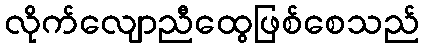
လိုက်လျောညီထွေဖြစ်စေသည်